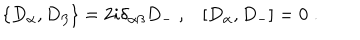
\{ D _ { \alpha } , D _ { \beta } \} = 2 i \delta _ { \alpha \beta } D _ { - } \; , [ D _ { \alpha } , D _ { - } ] = 0 \; .